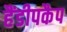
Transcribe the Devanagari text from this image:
हैंडीपकैप